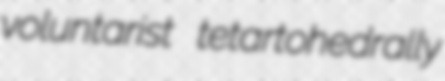
voluntarist tetartohedrally